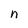
Character: n